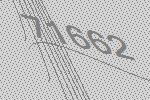
71662